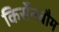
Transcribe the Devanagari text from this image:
किर्सेनबौम